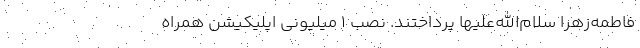
فاطمه‌زهرا سلام‌الله‌علیها پرداختند. نصب 1 میلیونی اپلیکیشن همراه